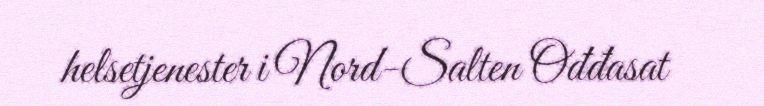
helsetjenester i Nord-Salten Ođđasat